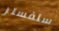
سلفستر